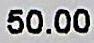
50.00